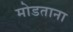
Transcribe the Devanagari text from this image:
मोडताना